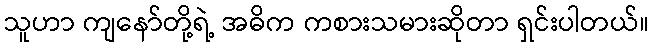
သူဟာ ကျနော်တို့ရဲ့ အဓိက ကစားသမားဆိုတာ ရှင်းပါတယ်။